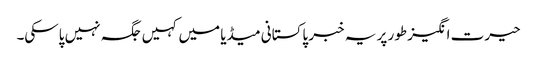
حیرت انگیز طور پر یہ خبر پاکستانی میڈیا میں کہیں جگہ نہیں پاسکی۔